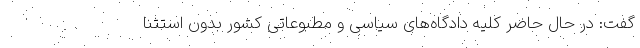
گفت: در حال حاضر کلیه دادگاه‌های سیاسی و مطبوعاتی کشور بدون استثنا